Indian Medical Review
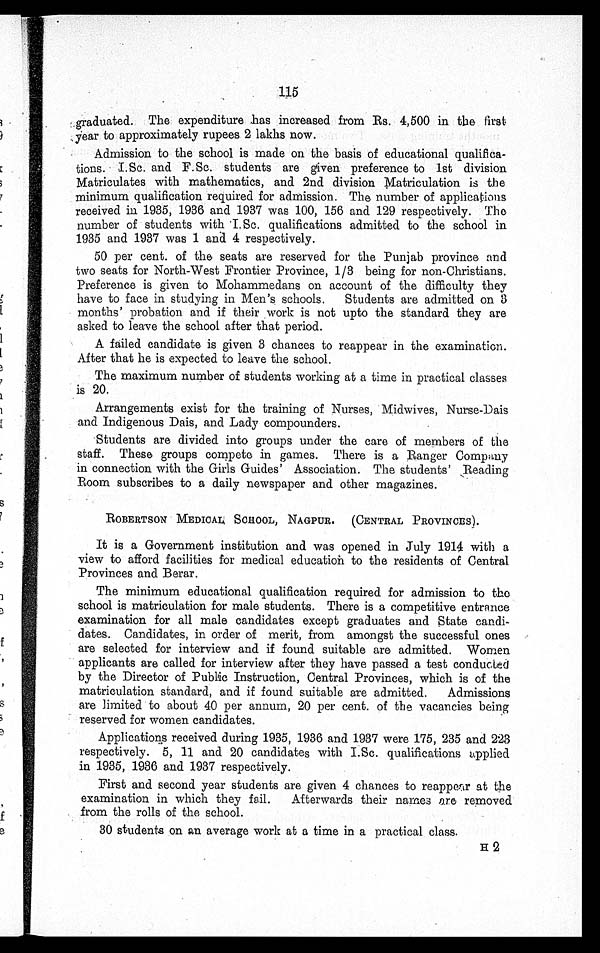
115
graduated. The expenditure has increased from Rs. 4,500 in the first
year to approximately rupees 2 lakhs now.
Admission to the school is made on the basis of educational qualifica-
tions. I.Sc. and F.Sc. students are given preference to 1st division
Matriculates with mathematics, and 2nd division Matriculation is the
minimum qualification required for admission. The number of applications
received in 1935, 1936 and 1937 was 100, 156 and 129 respectively. The
number of students with I Sc. qualifications admitted to the school in
1935 and 1937 was 1 and 4 respectively.
50 per cent. of the seats are reserved for the Punjab province and
two seats for North-West Frontier Province, 1/3 being for non-Christians.
Preference is given to Mohammedans on account of the difficulty they
have to face in studying in Men's schools. Students are admitted on 3
months' probation and if their work is not upto the standard they are
asked to leave the school after that period.
A failed candidate is given 3 chances to reappear in the examination.
After that he is expected to leave the school.
The maximum number of students working at a time in practical classes
is 20.
Arrangements exist for the training of Nurses, Midwives, Nurse-Dais
and Indigenous Dais, and Lady compounders.
Students are divided into groups under the care of members of the
staff. These groups compete in games. There is a Ranger Company
in connection with the Girls Guides' Association. The students' Reading
Room subscribes to a daily newspaper and other magazines.
ROBERTSON MEDICAL SCHOOL, NAGPUR. (CENTRAL PROVINCES).
It is a Government institution and was opened in July 1914 with a
view to afford facilities for medical education to the residents of Central
Provinces and Berar.
The minimum educational qualification required for admission to the
school is matriculation for male students. There is a competitive entrance
examination for all male candidates except graduates and State candi-
dates. Candidates, in order of merit, from amongst the successful ones
are selected for interview and if found suitable are admitted. Women
applicants are called for interview after they have passed a test conducted
by the Director of Public Instruction, Central Provinces, which is of the
matriculation standard, and if found suitable are admitted. Admissions
are limited to about 40 per annum, 20 per cent. of the vacancies being
reserved for women candidates.
Applications received during 1935, 1936 and 1937 were 175, 235 and 223
respectively. 5, 11 and 20 candidates with I.Sc. qualifications applied
in 1935, 1936 and 1937 respectively.
First and second year students are given 4 chances to reappear at the
examination in which they fail. Afterwards their names are removed
from the rolls of the school.
30 students on an average work at a time in a practical class.
H2